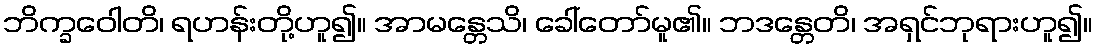
ဘိက္ခဝေါတိ၊ ရဟန်းတို့ဟူ၍။ အာမန္တေသိ၊ ခေါ်တော်မူ၏။ ဘဒန္တေတိ၊ အရှင်ဘုရားဟူ၍။